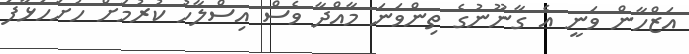
އަޒްހާން ވަނީ އެ ގާނޫނުގެ ތިިންވަނަ މާއްދާ ވެސް އިސްލާހު ކުރުމަށް ހުށަހަޅާފަ